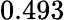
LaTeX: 0.493